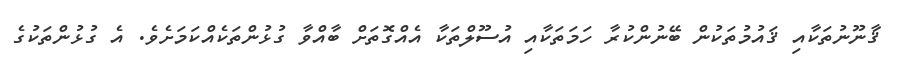
ޤާނޫނުތަކާއި ޤައުމުތަކުން ބޭނުންކުރާ ހަމަތަކާއި އުސޫލްތަކާ އެއްގޮތަށް ބާއްވާ ގުޅުންތަކެއްކަމަށެވެ. އެ ގުޅުންތަކުގެ